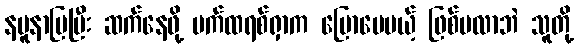
နမူနာပြပြီး ဆက်နေဖို့ ပက်ထရစ်ရှာက ပြောပေမယ့် ဖြစ်မလာဘဲ သူတို့